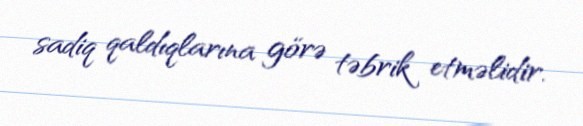
sadiq qaldıqlarına görə təbrik etməlidir.